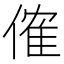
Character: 傕